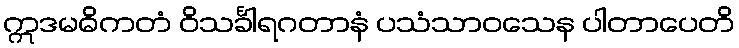
ဣဒမဓိကတံ ဝိသင်္ခါရဂတာနံ ပသံသာဝသေန ပါတာပေတိ